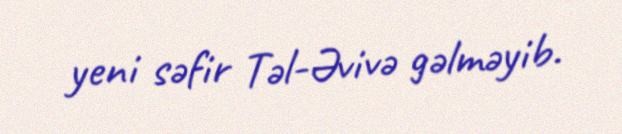
yeni səfir Təl-Əvivə gəlməyib.